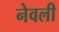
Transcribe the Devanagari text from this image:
नेवली